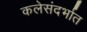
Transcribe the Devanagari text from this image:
कलेसंदर्भात